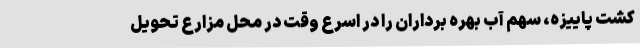
کشت پاییزه، سهم آب بهره برداران را در اسرع وقت در محل مزارع تحویل